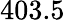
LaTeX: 403.5